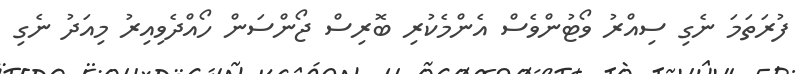
ފުރަތަމަ ނެގި ސިއްރު ވޯޓުންވެސް އެންމެކުރި ބޮރިސް ޖޯންސަން ހޯއްދެވިއިރު މިއަދު ނެގި